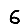
Digit: 6